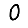
Digit: 0